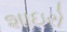
શાઇરો